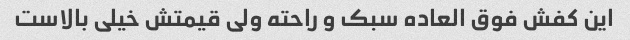
این کفش فوق العاده سبک و راحته ولی قیمتش خیلی بالاست